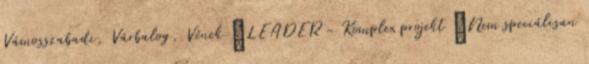
Vámosszabadi, Várbalog, Vének ▪LEADER - Komplex projekt ▪Nem speciálisan